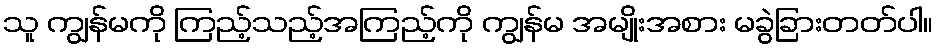
သူ ကျွန်မကို ကြည့်သည့်အကြည့်ကို ကျွန်မ အမျိုးအစား မခွဲခြားတတ်ပါ။